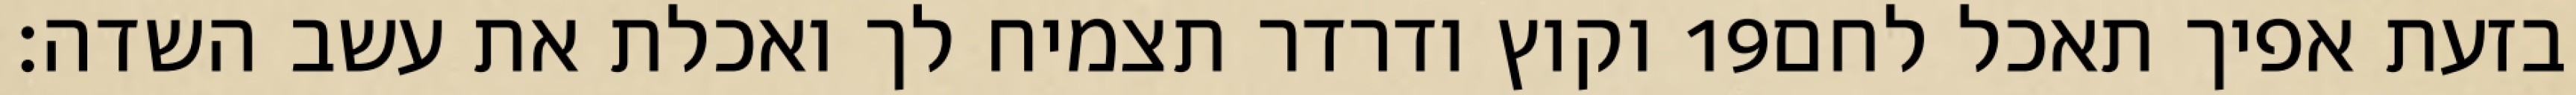
וקוץ ודרדר תצמיח לך ואכלת את עשב השדה׃ ‎19‏ בזעת אפיך תאכל לחם